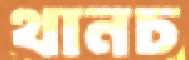
থানচ